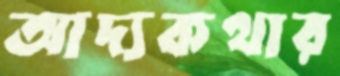
আদ্যকথার